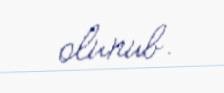
olunub.